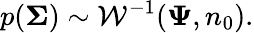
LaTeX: p({\boldsymbol{\Sigma}})\sim{\mathcal{W}}^{-1}({\boldsymbol{\Psi}},n_{0}).